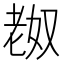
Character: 𫅴